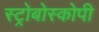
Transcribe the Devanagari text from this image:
स्ट्रोबोस्कोपी